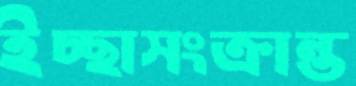
ইচ্ছাসংক্রান্ত